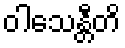
ဝါသေန္တီတိ